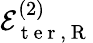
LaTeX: \mathcal{E}_{\mathrm{~t~e~r~},\mathrm{~R~}}^{(2)}